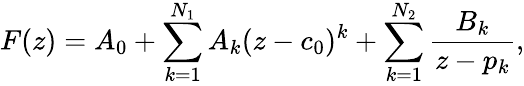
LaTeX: F(z)=A_{0}+\sum_{k=1}^{N_{1}}A_{k}(z-c_{0})^{k}+\sum_{k=1}^{N_{2}}\frac{B_{k}}{z-p_{k}},